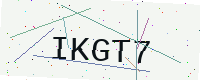
Text: IKGT7